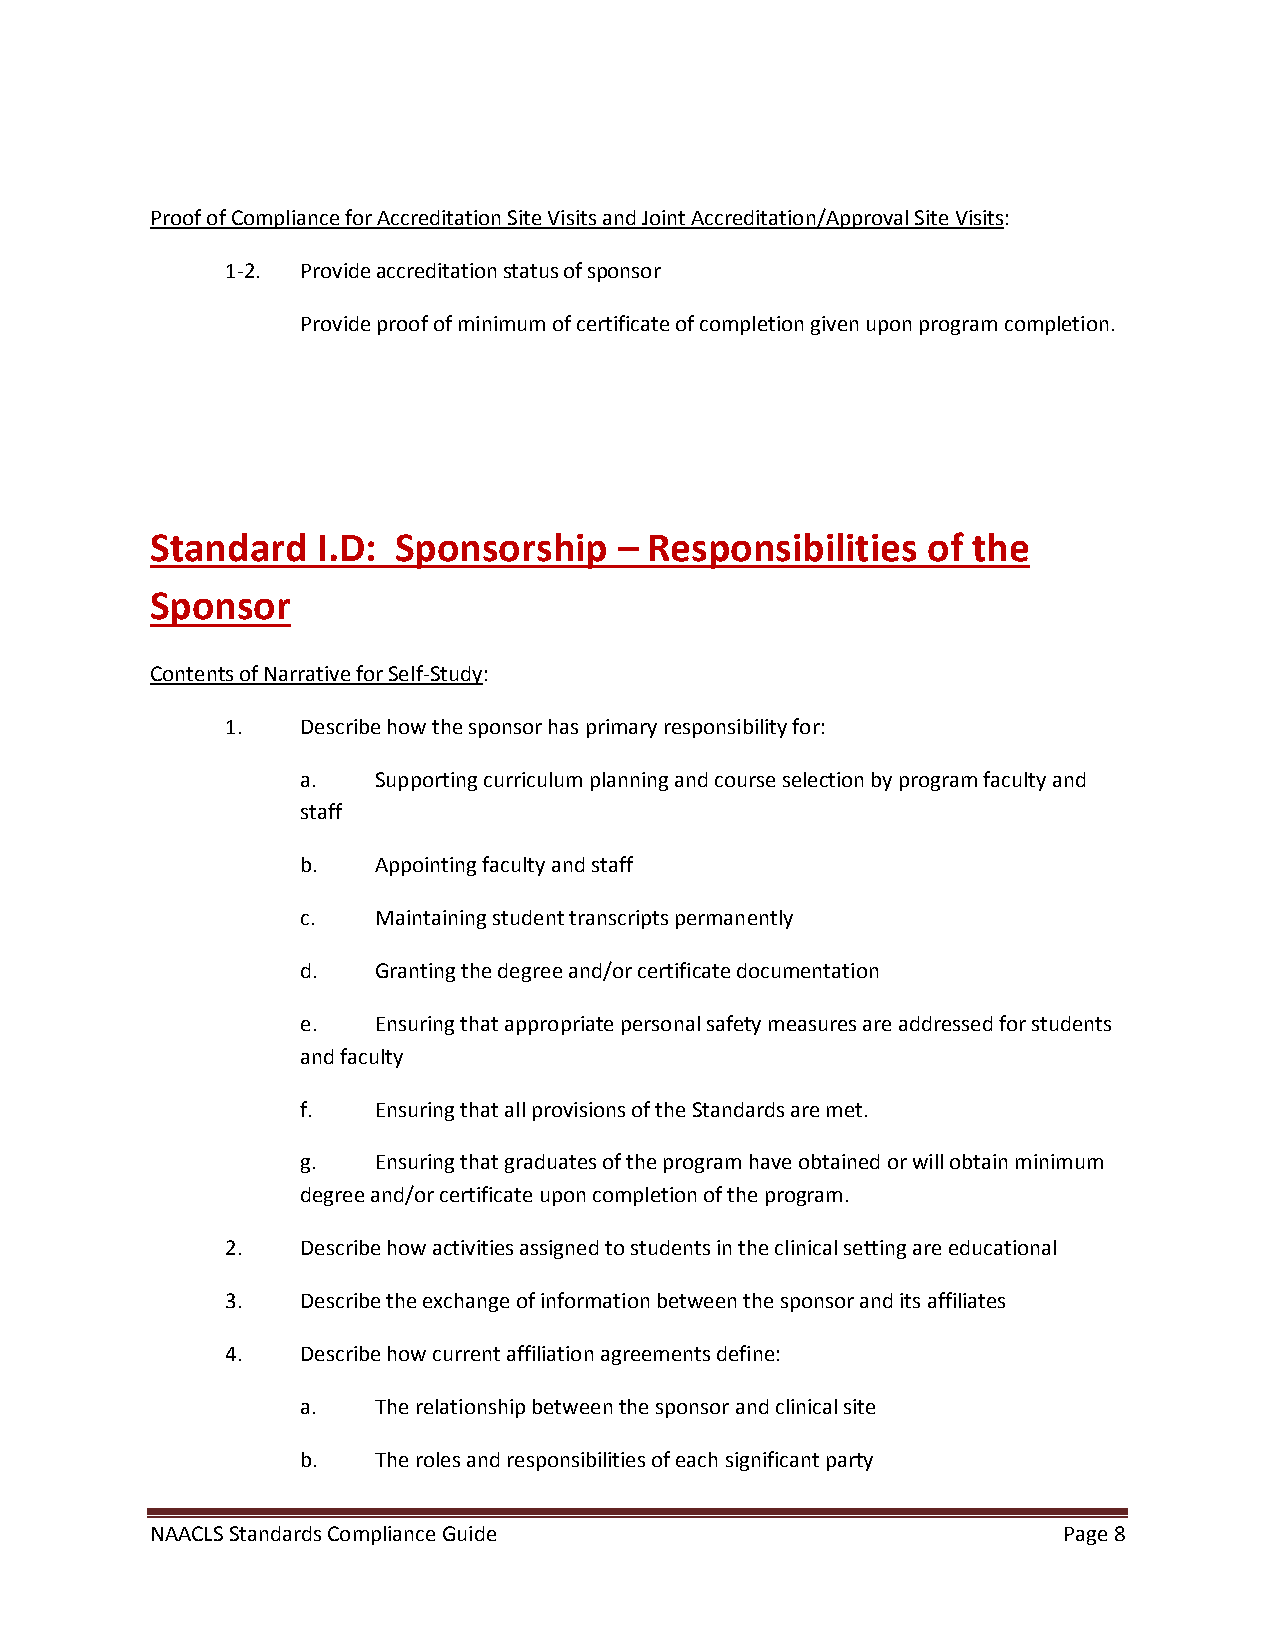
Proof of Compliance for Accreditation Site Visits and Joint Accreditation/Approval Site Visits:
 1-2. Provide accreditation status of sponsor
 Provide proof of minimum of certificate of completion given upon program completion.
 Standard   I.D: Sponsorship    – Responsibilities  of the
 Sponsor
 Contents of Narrative for Self-Study:
 1.   Describe how the sponsor has primary responsibility for:
 a.   Supporting curriculum planning and course selection by program faculty and
 staff
 b.   Appointing faculty and staff
 c.   Maintaining student transcripts permanently
 d.   Granting the degree and/or certificate documentation
 e.   Ensuring that appropriate personal safety measures are addressed for students
 and faculty
 f.   Ensuring that all provisions of the Standards are met.
 g.   Ensuring that graduates of the program have obtained or will obtain minimum
 degree and/or certificate upon completion of the program.
 2.   Describe how activities assigned to students in the clinical setting are educational
 3.   Describe the exchange of information between the sponsor and its affiliates
 4.   Describe how current affiliation agreements define:
 a.   The relationship between the sponsor and clinical site
 b.   The roles and responsibilities of each significant party
 NAACLS Standards Compliance Guide                           Page 8